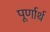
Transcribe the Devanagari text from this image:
पूर्णार्थ